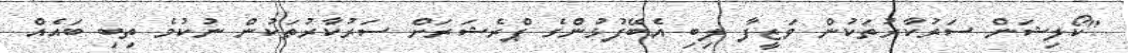
"ކޯލިޝަން ސަރުކާރުތަކުން ވަޒީފާ ލިބި އެބޭފުޅުންގެ ޕްރެޝަރަށް ސަރުކާރުތަކުން ނުކުމެ ތިބި ބައެއް